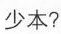
少本?